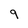
Character: 9